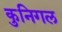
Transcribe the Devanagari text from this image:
कुनिगल